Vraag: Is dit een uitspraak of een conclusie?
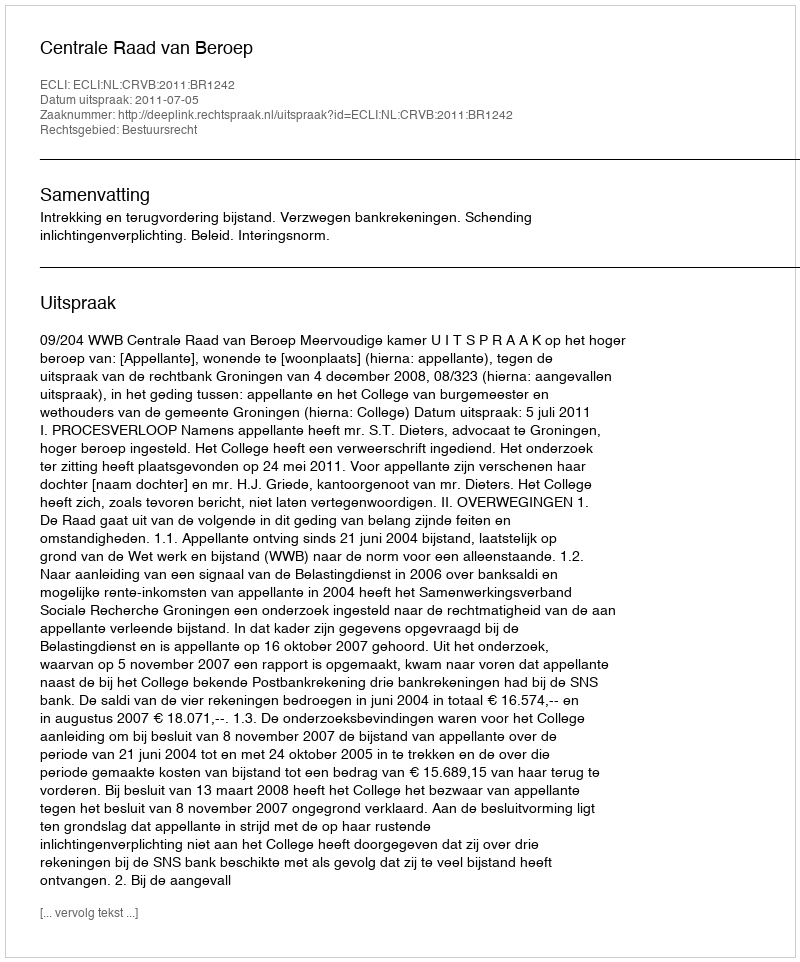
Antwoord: Uitspraak